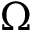
\Omega